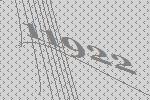
11922